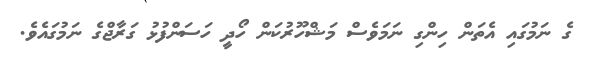
ގެ ނަމުގައި އެތަން ހިންގި ނަމަވެސް މަޝްހޫރުކަން ހޯދީ ހަސަންފުޅު ގަރާޖްގެ ނަމުގައެވެ.